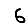
Digit: 6